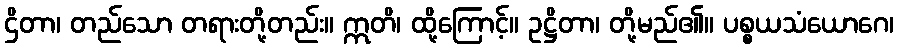
ဌိတာ၊ တည်သော တရားတို့တည်း။ ဣတိ၊ ထို့ကြောင့်။ ဥဋ္ဌိတာ၊ တို့မည်၏။ ပစ္စယသံယောဂေ၊